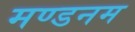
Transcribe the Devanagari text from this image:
मण्‍डनम